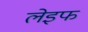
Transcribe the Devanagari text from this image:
लेइफ